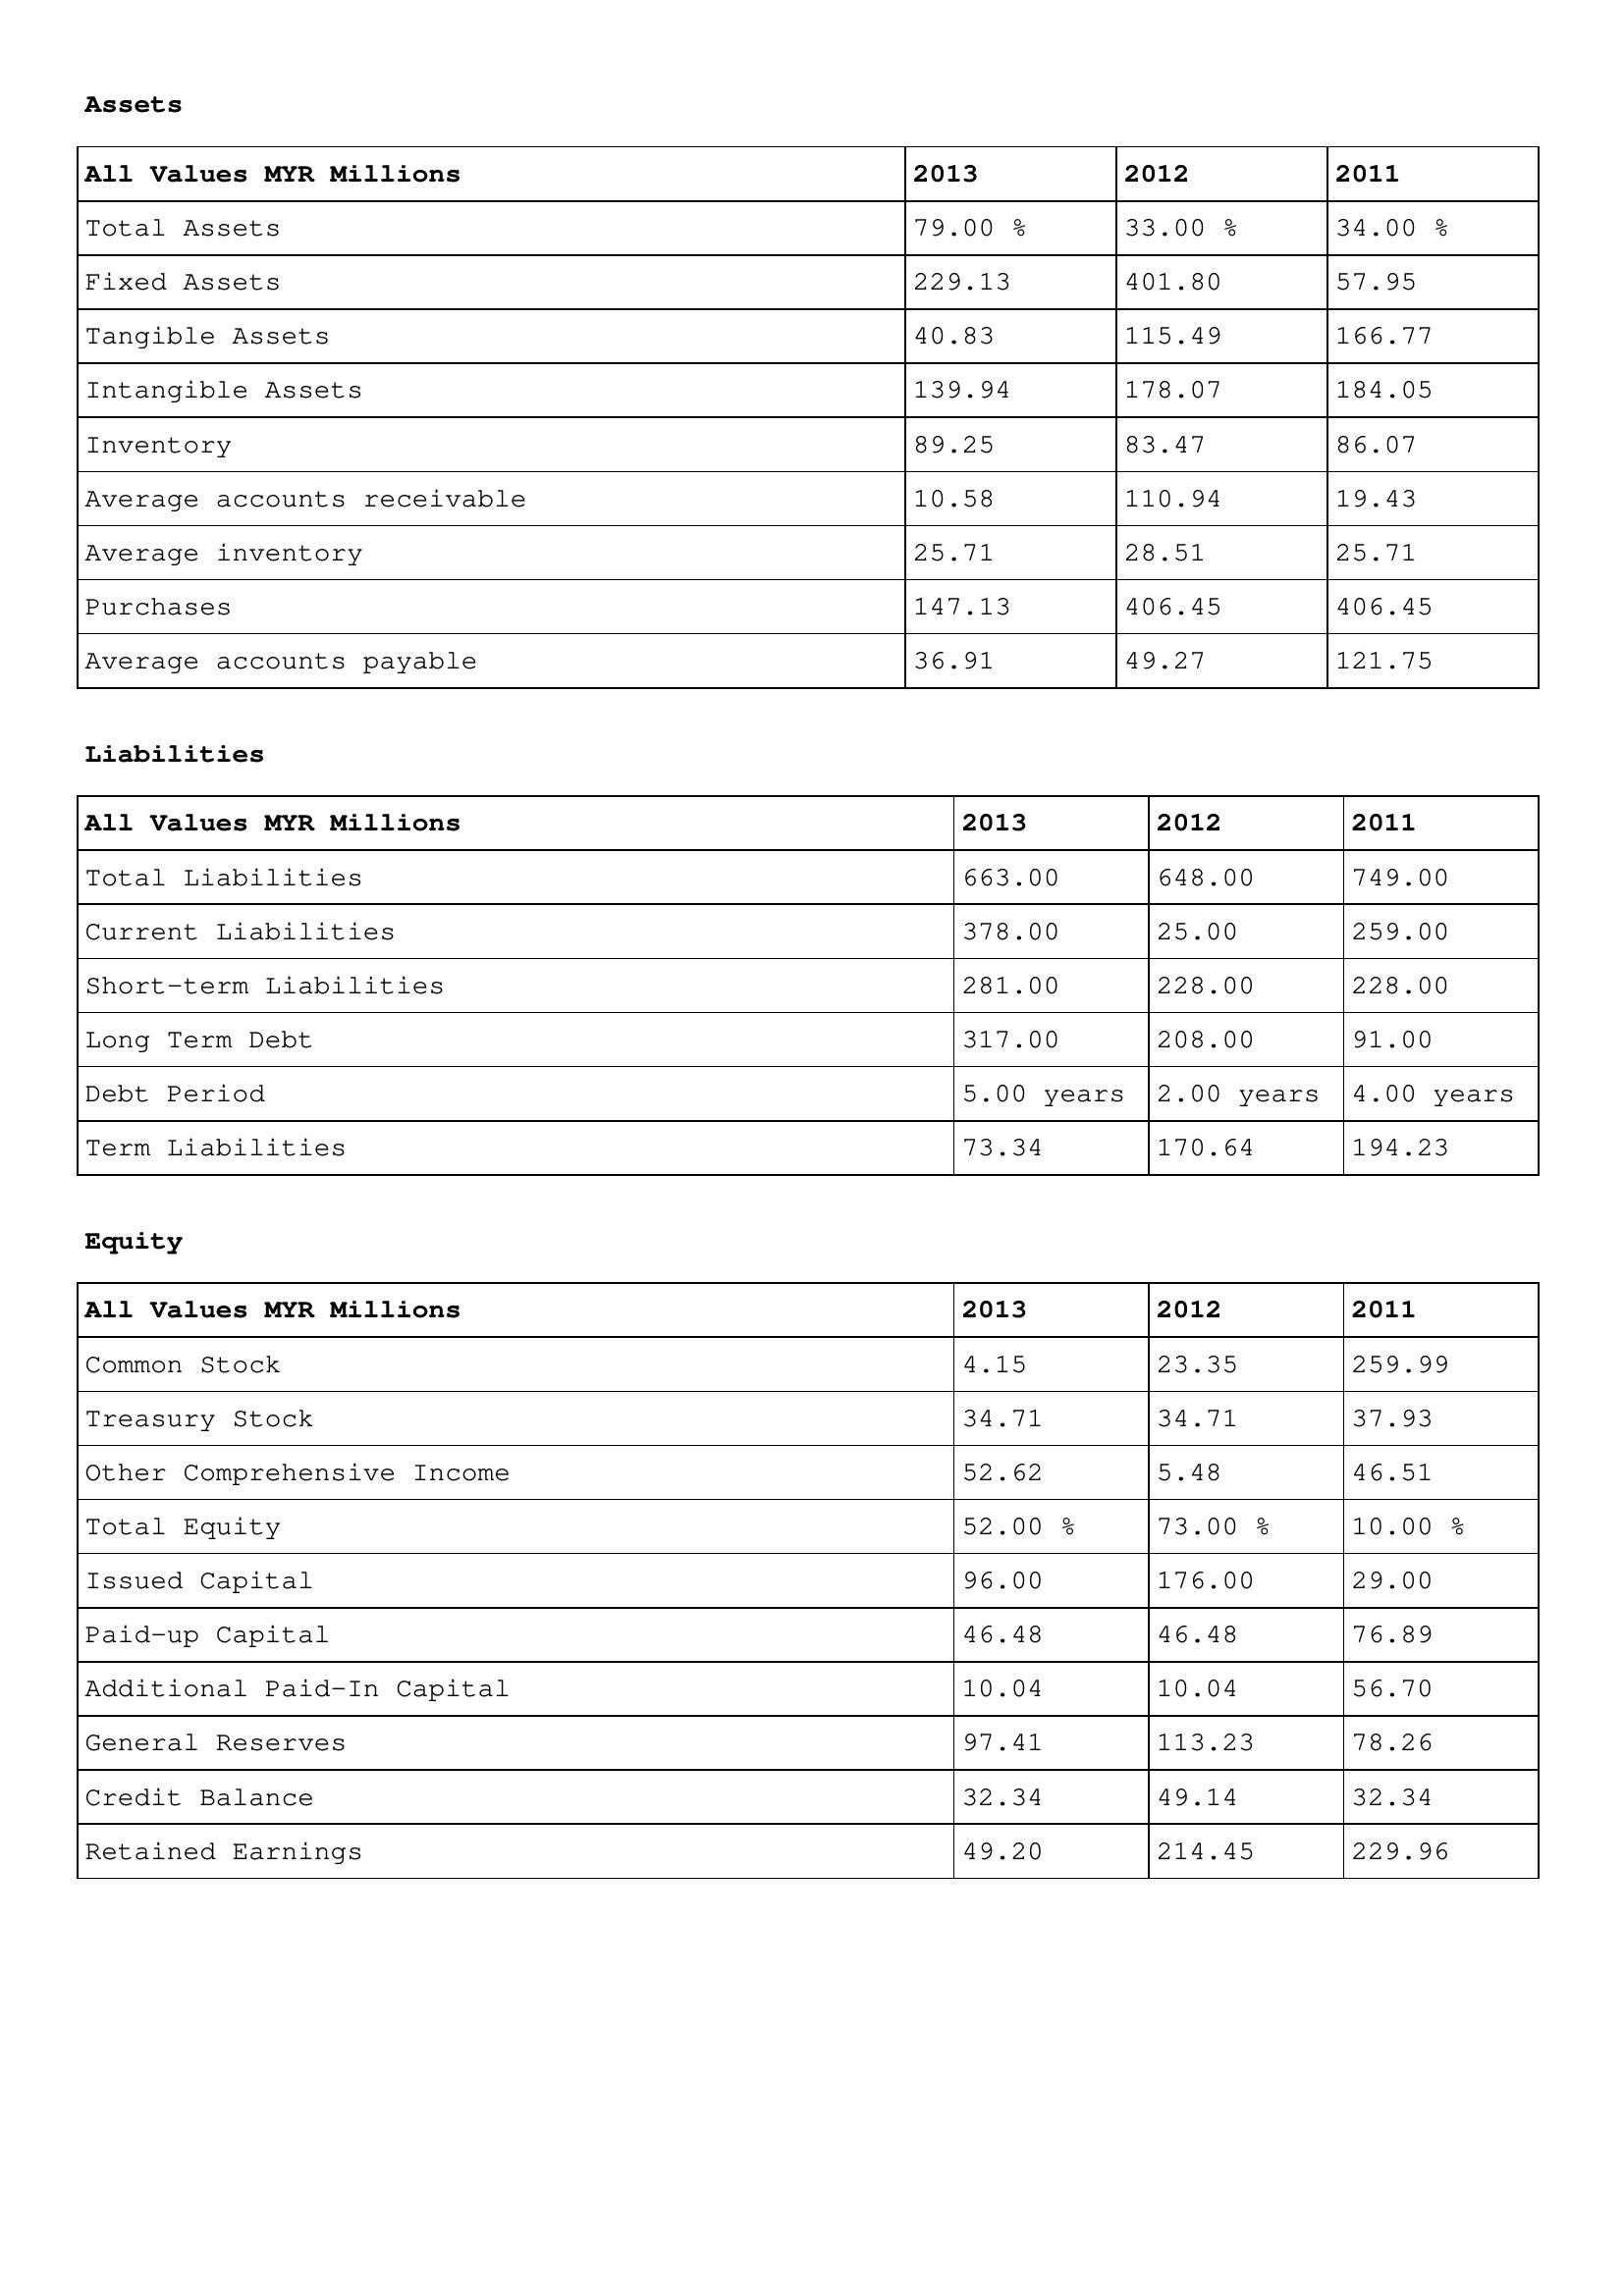
gt_parse: 2013: Assets: Total Assets: 79.00 %
Fixed Assets: 229.13
Tangible Assets: 40.83
Intangible Assets: 139.94
Inventory: 89.25
Average accounts receivable: 10.58
Average inventory: 25.71
Purchases: 147.13
Average accounts payable: 36.91
Liabilities: Total Liabilities: 663.00
Current Liabilities: 378.00
Short-term Liabilities: 281.00
Long Term Debt: 317.00
Debt Period: 5.00 years
Term Liabilities: 73.34
Equity: Common Stock: 4.15
Treasury Stock: 34.71
Other Comprehensive Income: 52.62
Total Equity: 52.00 %
Issued Capital: 96.00
Paid-up Capital: 46.48
Additional Paid-In Capital: 10.04
General Reserves: 97.41
Credit Balance: 32.34
Retained Earnings: 49.20
2012: Assets: Total Assets: 33.00 %
Fixed Assets: 401.80
Tangible Assets: 115.49
Intangible Assets: 178.07
Inventory: 83.47
Average accounts receivable: 110.94
Average inventory: 28.51
Purchases: 406.45
Average accounts payable: 49.27
Liabilities: Total Liabilities: 648.00
Current Liabilities: 25.00
Short-term Liabilities: 228.00
Long Term Debt: 208.00
Debt Period: 2.00 years
Term Liabilities: 170.64
Equity: Common Stock: 23.35
Treasury Stock: 34.71
Other Comprehensive Income: 5.48
Total Equity: 73.00 %
Issued Capital: 176.00
Paid-up Capital: 46.48
Additional Paid-In Capital: 10.04
General Reserves: 113.23
Credit Balance: 49.14
Retained Earnings: 214.45
2011: Assets: Total Assets: 34.00 %
Fixed Assets: 57.95
Tangible Assets: 166.77
Intangible Assets: 184.05
Inventory: 86.07
Average accounts receivable: 19.43
Average inventory: 25.71
Purchases: 406.45
Average accounts payable: 121.75
Liabilities: Total Liabilities: 749.00
Current Liabilities: 259.00
Short-term Liabilities: 228.00
Long Term Debt: 91.00
Debt Period: 4.00 years
Term Liabilities: 194.23
Equity: Common Stock: 259.99
Treasury Stock: 37.93
Other Comprehensive Income: 46.51
Total Equity: 10.00 %
Issued Capital: 29.00
Paid-up Capital: 76.89
Additional Paid-In Capital: 56.70
General Reserves: 78.26
Credit Balance: 32.34
Retained Earnings: 229.96